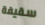
سقيفة